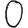
Digit: 0